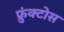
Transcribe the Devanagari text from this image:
फ्रुंक्टोस